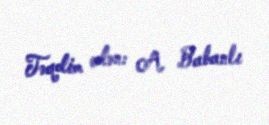
Təqdim edən: A. Babanlı